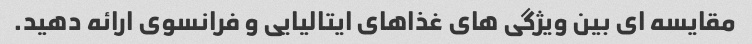
مقایسه ای بین ویژگی های غذاهای ایتالیایی و فرانسوی ارائه دهید.